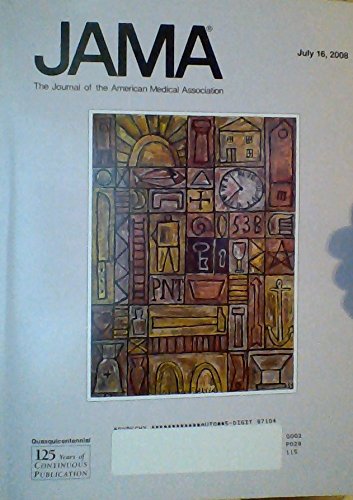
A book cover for Effect of Simvastatin on Cognitive Functioning in Children With Neurofibromatosis Type 1 / Moderate-to-Vigorous Physical Activity From Ages 9 to 15 Years / African American Physicians and Organized Medicine, 1846-1968: Origins of a Racial Divide (JAMA: The Journal of the American Mediacl Association, Volume 300, Number 3, July 16, 2008); L. C. Krab; Health, Fitness & Dieting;